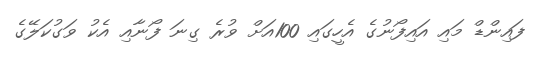
ފައިންޑް މައި އައިފޯނުގެ އެހީގައި 100އަށް ވުރެ ގިނަ ފޯނާއި އެކު ވަގުކަލޭގެ